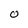
Character: 0